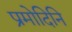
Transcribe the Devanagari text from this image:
प्रमोदिनि